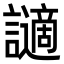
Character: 讁